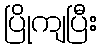
ပြိုကျပြီး